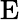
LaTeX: \mathrm{E}